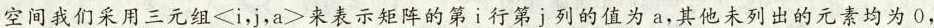
空间我们采用$$三元组 < i$$，j，$$a >$$来表示矩阵的第i行第j列的值为a，其他未列出的元素均为0，